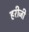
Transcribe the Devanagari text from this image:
हरीजी